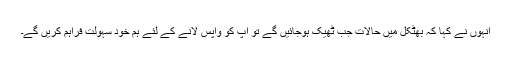
انہوں نے کہا کہ بھٹکل میں حالات جب ٹھیک ہوجائیں گے تو آپ کو واپس لانے کے لئے ہم خود سہولت فراہم کریں گے۔